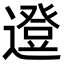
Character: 邆